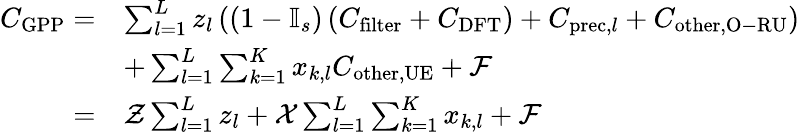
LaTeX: \begin{array}{rl}{C_{\mathrm{GPP}}=}&{\sum_{l=1}^{L}z_{l}\left(\left(1-\mathbb{I}_{s}\right)\left(C_{\mathrm{filter}}+C_{\mathrm{DFT}}\right)+C_{\mathrm{prec},l}+C_{\mathrm{other,O-RU}}\right)}\\ &{+\sum_{l=1}^{L}\sum_{k=1}^{K}x_{k,l}C_{\mathrm{other,UE}}+\mathcal{F}}\\ {=}&{\mathcal{Z}\sum_{l=1}^{L}z_{l}+\mathcal{X}\sum_{l=1}^{L}\sum_{k=1}^{K}x_{k,l}+\mathcal{F}}\end{array}